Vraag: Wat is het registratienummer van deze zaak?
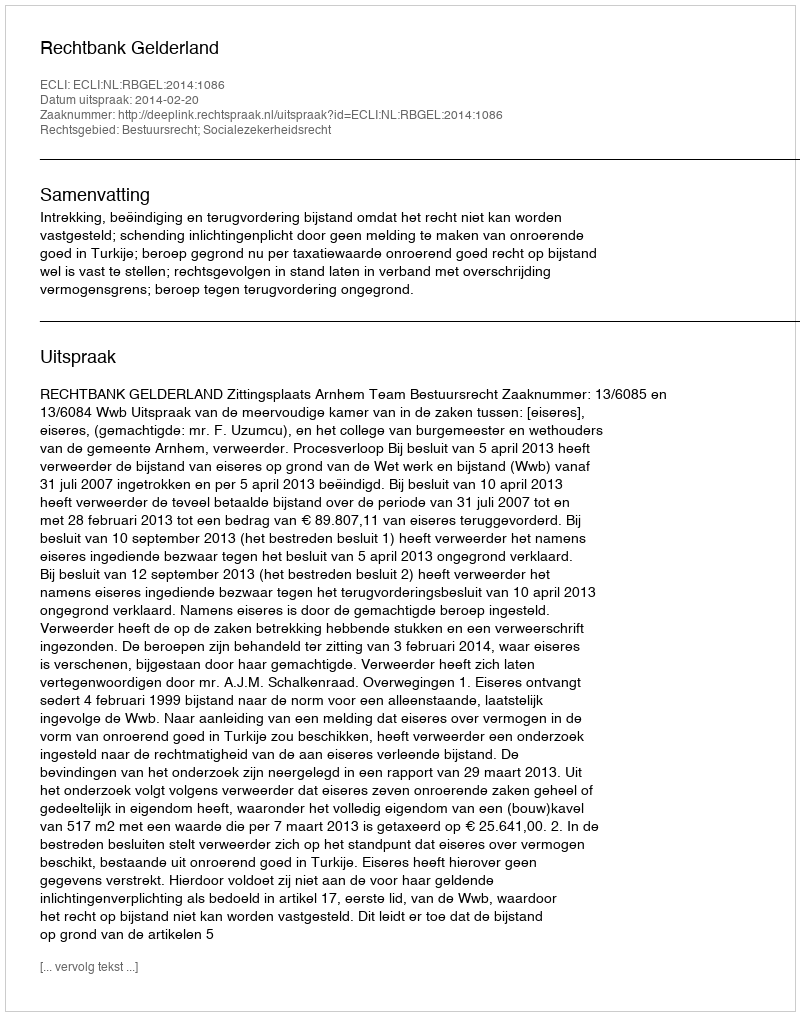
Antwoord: http://deeplink.rechtspraak.nl/uitspraak?id=ECLI:NL:RBGEL:2014:1086